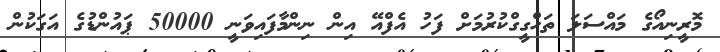
މޮރީނިއޯގެ މައްސަލަ ތަހްގީގްކުރުމަށް ފަހު އެފްއޭ އިން ނިންމާފައިވަނީ 50000 ޕައުންޑުގެ އަގަކުން